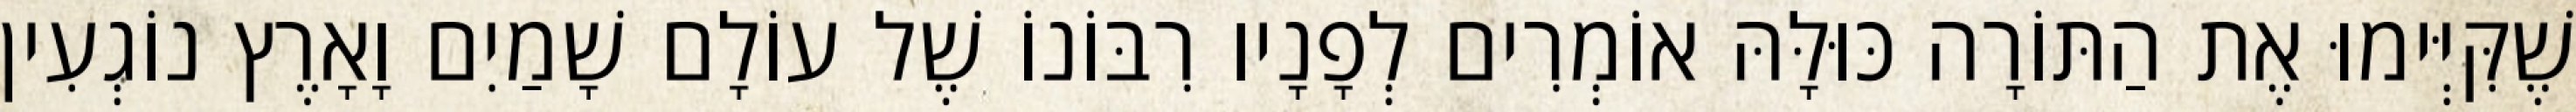
שֶׁקִּיְּימוּ אֶת הַתּוֹרָה כּוּלָּהּ אוֹמְרִים לְפָנָיו רִבּוֹנוֹ שֶׁל עוֹלָם שָׁמַיִם וָאָרֶץ נוֹגְעִין